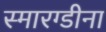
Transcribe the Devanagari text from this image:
स्मारग्डीना